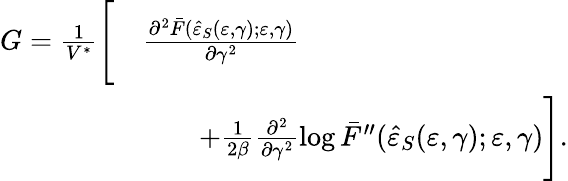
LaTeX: \begin{array}{rl}{G=\frac{1}{V^{\ast}}\Bigg[}&{\frac{\partial^{2}\bar{F}(\hat{\varepsilon}_{S}(\varepsilon,\gamma);\varepsilon,\gamma)}{\partial\gamma^{2}}}\\ &{\qquad+\frac{1}{2\beta}\frac{\partial^{2}}{\partial\gamma^{2}}\log{\bar{F}^{\prime\prime}(\hat{\varepsilon}_{S}(\varepsilon,\gamma);\varepsilon,\gamma)}\Bigg].}\end{array}